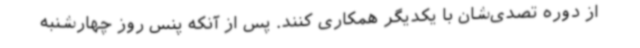
از دوره تصدی‌شان با یکدیگر همکاری کنند. پس از آنکه پنس روز چهارشنبه